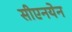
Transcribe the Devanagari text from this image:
सीएनयेन